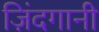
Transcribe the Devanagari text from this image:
ज़िंदगानी